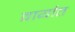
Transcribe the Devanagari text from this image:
वार्यात